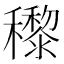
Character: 𥣵